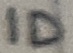
Text: ID